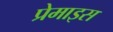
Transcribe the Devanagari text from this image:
प्रेमाइस